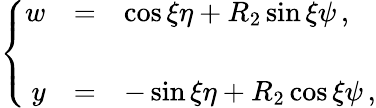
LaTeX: \left\{ \begin{array}{rcl}{{w}}&{{=}}&{{\cos{\xi}\eta+R_{2}\sin{\xi}\psi\, ,}}\\ {{}}&{{}}&{{}}\\ {{y}}&{{=}}&{{-\sin{\xi}\eta+R_{2}\cos{\xi}\psi\, ,}}\end{array}\right.